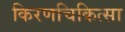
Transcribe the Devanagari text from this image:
किरणचिकित्सा